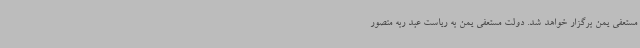
مستعفی یمن برگزار خواهد شد. دولت مستعفی یمن به ریاست عبد ربه منصور